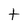
Character: t